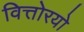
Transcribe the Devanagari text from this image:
वित्तोरयो